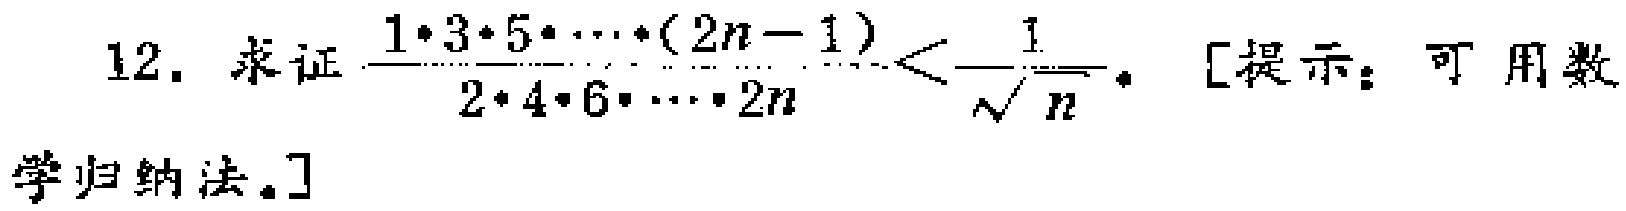
12. 求证$\frac{1\cdot3\cdot5\cdot\cdots\cdot(2n - 1)}{2\cdot4\cdot6\cdot\cdots\cdot2n}<\frac{1}{\sqrt{n}}$。[提示：可用数学归纳法。]